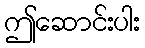
ဤဆောင်းပါး